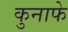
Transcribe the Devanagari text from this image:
कुनाफे